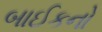
બાઈકનો